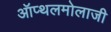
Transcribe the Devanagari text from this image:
ऑप्थलमोलाजी